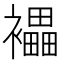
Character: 𧞭